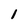
Character: 1